Vaccination in Bombay 1874-1876 - 1874-1876
Year: 1874
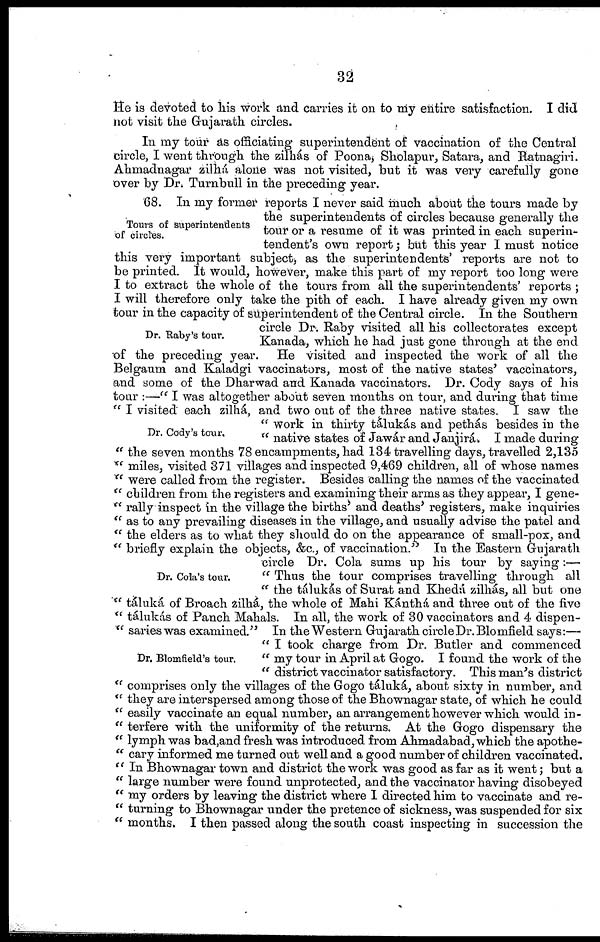
32
He is devoted to his work and carries it on to my entire satisfaction. I did
not visit the Gujarath circles.
In my tour as officiating superintendent of vaccination of the Central
circle, I went through the zilhás of Poona, Sholapur, Satara, and Ratnagiri.
Ahmadnagar zilhá alone was not visited, but it was very carefully gone
over by Dr. Turnbull in the preceding year.
Tours of superintendents
of circles.
Dr. Raby's tour.
Dr. Cody's tour.
Dr. Cola's tour.
Dr. Blomfield's tour.
68. In my former reports I never said much about the tours made by
the superintendents of circles because generally the
tour or a resume of it was printed in each superin-
tendent's own report; but this year I must notice
this very important subject, as the superintendents' reports are not to
be printed. It would, however, make this part of my report too long were
I to extract the whole of the tours from all the superintendents' reports ;
I will therefore only take the pith of each. I have already given my own
tour in the capacity of superintendent of the Central circle. In the Southern
circle Dr. Raby visited all his collectorates except
Kanada, which he had just gone through at the end
of the preceding year. He visited and inspected the work of all the
Belgaum and Kaladgi vaccinators, most of the native states' vaccinators,
and some of the Dharwad and Kanada vaccinators. Dr. Cody says of his
tour :—-" I was altogether about seven months on tour, and during that time
" I visited each zilhá, and two out of the three native states. I saw the
" work in thirty tálukás and pethás besides in the
" native states of Jawár and Janjirá. I made during
" the seven months 78 encampments, had 134 travelling days, travelled 2,135
" miles, visited 371 villages and inspected 9,469 children, all of whose names
" were called from the register. Besides calling the names of the vaccinated
" children from the registers and examining their arms as they appear, I gene¬
" rally inspect in the village the births' and deaths' registers, make inquiries
" as to any prevailing diseases in the village, and usually advise the patel and
" the elders as to what they should do on the appearance of small-pox, and
" briefly explain the objects, &c., of vaccination." In the Eastern Gujarath
circle Dr. Cola sums up his tour by saying:—
" Thus the tour comprises travelling through all
" the tálukás of Surat and Khedá zilhás, all but one
" táluká of Broach zilhá, the whole of Mahi Kánthá and three out of the five
" tálukás of Panch Mahals. In all, the work of 30 vaccinators and 4 dispen¬
" saries was examined." In the Western Gujarath circle Dr. Blomfield says:—
" I took charge from Dr. Butler and commenced
" my tour in April at Gogo. I found the work of the
" district vaccinator satisfactory. This man's district
" comprises only the villages of the Gogo táluká, about sixty in number, and
" they are interspersed among those of the Bhownagar state, of which he could
" easily vaccinate an equal number, an arrangement however which would in¬
" terfere with the uniformity of the returns. At the Gogo dispensary the
" lymph was bad,and fresh was introduced from Ahmadabad, which the apothe¬
" cary informed me turned out well and a good number of children vaccinated.
" In Bhownagar town and district the work was good as far as it went; but a
" large number were found unprotected, and the vaccinator having disobeyed
" my orders by leaving the district where I directed him to vaccinate and re¬
" turning to Bhownagar under the pretence of sickness, was suspended for six
" months. I then passed along the south coast inspecting in succession the